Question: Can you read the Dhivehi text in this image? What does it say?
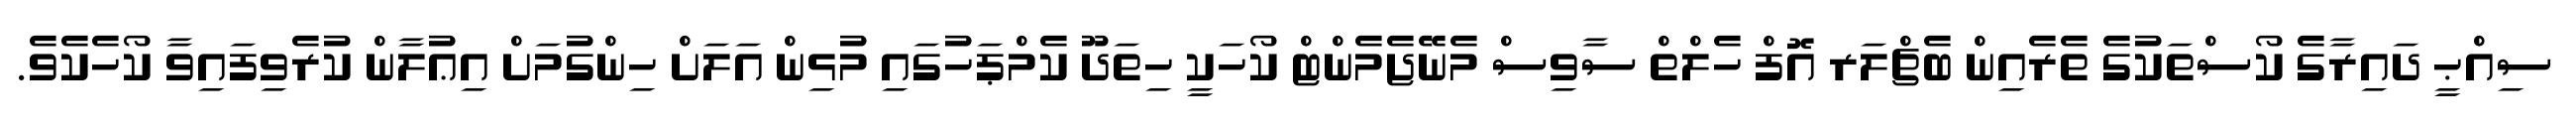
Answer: ސިއްޙީ ދައިރާގެ ކޯސްތަކުގެ ތެރެއިން ބެޗްލަރ އޮފް ހެލްތް ސާވިސް މެނޭޖެމެންޓް ކޯހަކީ ހިތަދޫ ކެމްޕަހުގައި މުޅިން އަލަށް ހިންގުމަށް އިޢުލާން ކުރެވިފައިވާ ކޯހެކެވެ.